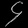
Digit: ၄